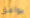
يوافق